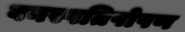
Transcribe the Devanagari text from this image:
वनस्पतिपोषण